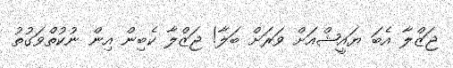
ޖަޒްލާ އެބަ ޔައީޝްއަށް ވަރަށް ބަލާ! ޖަޒްލާ ކެބިން އިން ނުކުތްވަގުތު